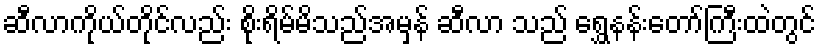
ဆီလာကိုယ်တိုင်လည်း စိုးရိမ်မိသည်အမှန် ဆီလာ သည် ရွှေနန်းတော်ကြီးထဲတွင်